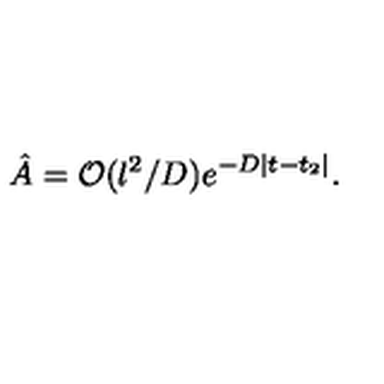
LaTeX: { \hat { A } } = { \cal O } ( l ^ { 2 } / D ) e ^ { - D | t - t _ { 2 } | } .